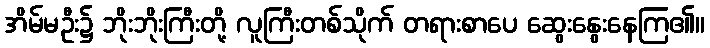
အိမ်မဦး၌ ဘိုးဘိုးကြီးတို့ လူကြီးတစ်သိုက် တရားစာပေ ဆွေးနွေးနေကြ၏။